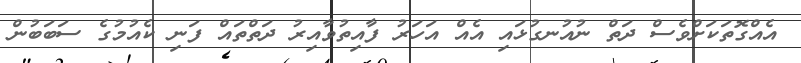
އެއްގޮތަކަށްވެސް ދަތް ނުއުނގުޅައި އެއް އަހަރު ފާއިތުވާއިރު ދަތްތައް ފަނި ކެއުމުގެ ސަބަބުން